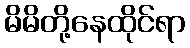
မိမိတို့နေထိုင်ရာ